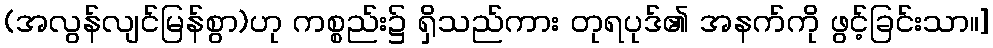
(အလွန်လျင်မြန်စွာ)ဟု ကစ္စည်း၌ ရှိသည်ကား တုရပုဒ်၏ အနက်ကို ဖွင့်ခြင်းသာ။]